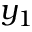
y _ { 1 }